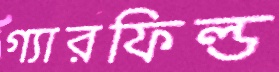
গ্যারফিল্ড